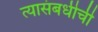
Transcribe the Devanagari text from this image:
त्यासंबधीची